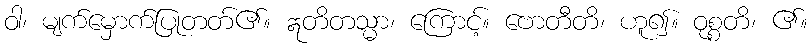
ဝါ၊ မျက်မှောက်ပြုတတ်၏။ ဣတိတသ္မာ၊ ကြောင့်။ ဗောတီတိ၊ ဟူ၍။ ဝုစ္စတိ၊ ၏။